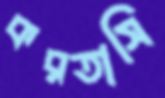
করতাসি